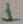
Text: 1